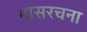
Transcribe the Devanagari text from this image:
भासरचना